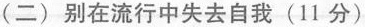
(二)别在流行中失去自我(11分)